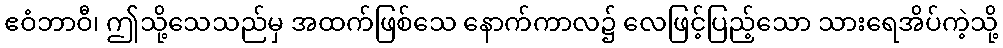
ဧဝံဘာဝီ၊ ဤသို့သေသည်မှ အထက်ဖြစ်သေ နောက်ကာလ၌ လေဖြင့်ပြည့်သော သားရေအိပ်ကဲ့သို့